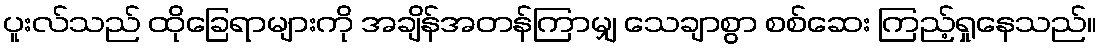
ပူးလ်သည် ထိုခြေရာများကို အချိန်အတန်ကြာမျှ သေချာစွာ စစ်ဆေး ကြည့်ရှုနေသည်။